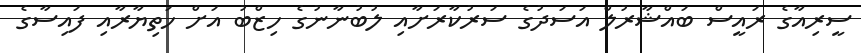
ސީރިއާގެ ރައީސް ބައްޝާރުލް އަސަދުގެ ސަރުކާރަށާއި ލުބުނާނުގެ ހިޒްބު އަށް ހަތިޔާރާއި ފައިސާގެ